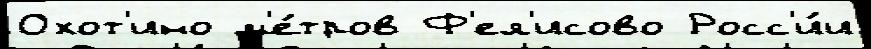
Охот'ино м'е́тров Ф'ел'исово Росс'и́и